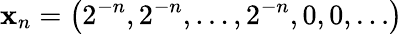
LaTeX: \mathbf{x}_{n}=\left(2^{-n},2^{-n},\ldots,2^{-n},0,0,\ldots\right)